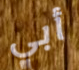
أبي